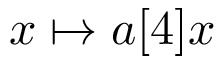
x \mapsto a [ 4 ] x